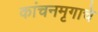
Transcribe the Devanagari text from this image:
कांचनमृगाचे